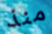
منذ